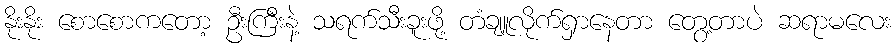
နိုးနိုး စောစောကတော့ ဦးကြီးနဲ့ သရက်သီးခူးဖို့ တံချူလိုက်ရှာနေတာ တွေ့တာပဲ ဆရာမလေး